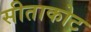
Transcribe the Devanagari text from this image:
सीताकोट